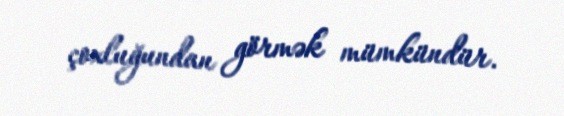
çoxluğundan görmək mümkündür.